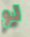
لو